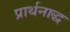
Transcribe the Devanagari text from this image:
प्रार्थनाद्ध